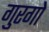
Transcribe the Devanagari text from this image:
गुरगो